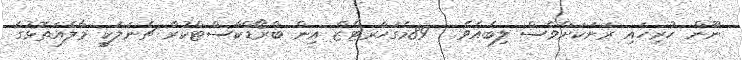
ނޫން ހުރިހައި ރަށަކަށްވެސް ލިބެއެވެ.  89މެގަހާރޓްޒް އިން ބްރޯޑްކާސްޓްކުރާ ޗެނަލަކީ މާލެއަތޮޅުގެ